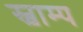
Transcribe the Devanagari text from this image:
स्वाम्प